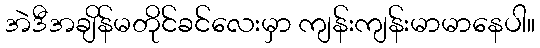
အဲဒီအချိန်မတိုင်ခင်လေးမှာ ကျန်းကျန်းမာမာနေပါ။